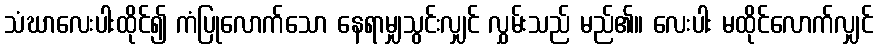
သံဃာလေးပါးထိုင်၍ ကံပြုလောက်သော နေရာမျှသွင်းလျှင် လွှမ်းသည် မည်၏။ လေးပါး မထိုင်လောက်လျှင်